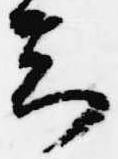
知